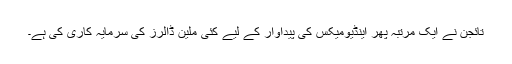
تائجن نے ایک مرتبہ پھر اینڈیومیکس کی پیداوار کے لیے کئی ملین ڈالرز کی سرمایہ کاری کی ہے۔